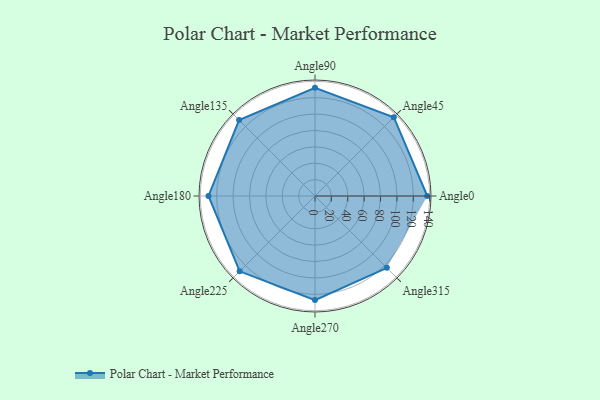
{"axis": {"x": "Angle", "y": "Radius"}, "legend": [""], "data": [{"x": "Angle0", "y": 137.0, "type": ""}, {"x": "Angle45", "y": 136.0, "type": ""}, {"x": "Angle90", "y": 132.0, "type": ""}, {"x": "Angle135", "y": 131.0, "type": ""}, {"x": "Angle180", "y": 130.0, "type": ""}, {"x": "Angle225", "y": 130.0, "type": ""}, {"x": "Angle270", "y": 127.0, "type": ""}, {"x": "Angle315", "y": 124.0, "type": ""}]}